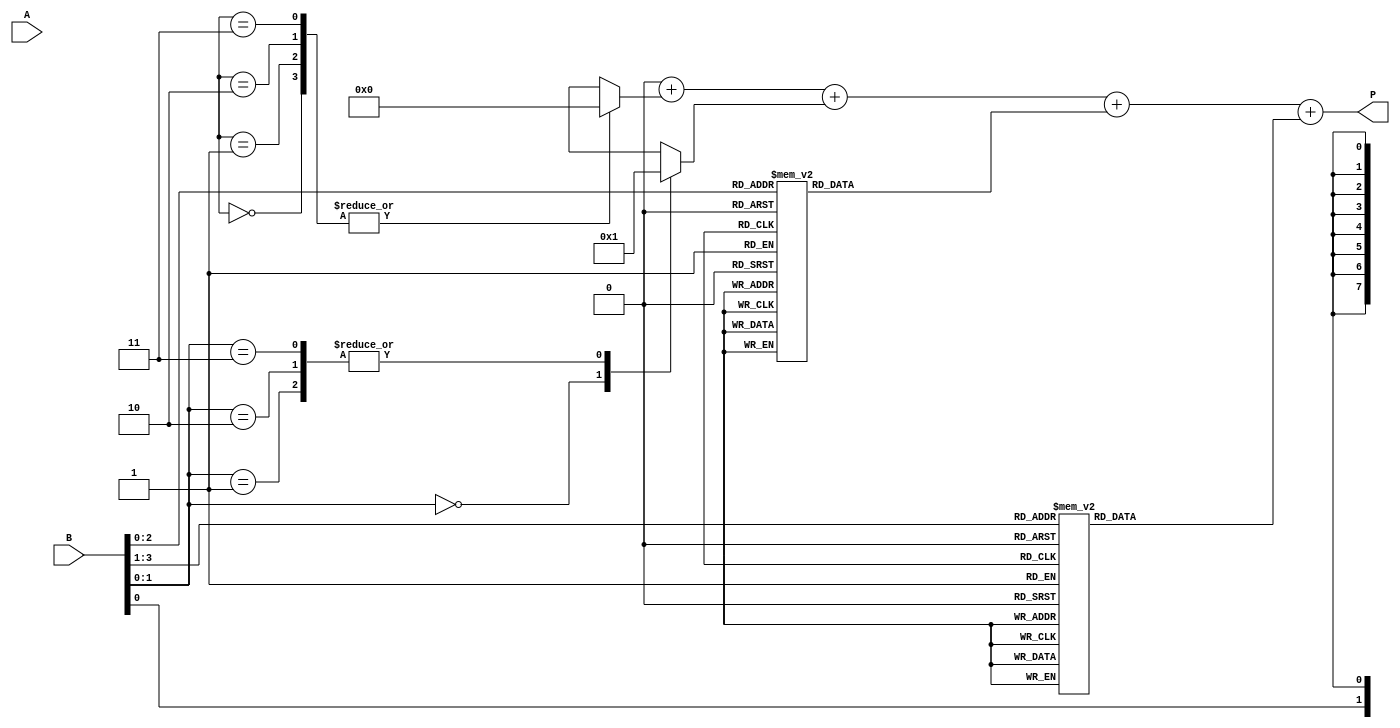
module modified_booth_multiplier #(parameter N = 4) (
    input  wire [N-1:0] A,    // Multiplicand
    input  wire [N-1:0] B,    // Multiplier
    output reg  [2*N-1:0] P   // Product
);

    reg [N-1:0] A_shifted;
    reg [N+1:0] B_extended;      // Extended B for Booth encoding
    reg [2*N-1:0] partial_products [0:N]; // Array to hold partial products
    reg [N:0] count;             // Counter for the number of groups processed
    reg [N-1:0] temp_A;          // Temporary variable for A
    integer i;

    // Booth encoding logic
    always @* begin
        // Initialize
        B_extended = {1'b0, B, 1'b0}; // Extend B with an extra bit for Booth encoding
        P = 0;                       // Initialize product to zero
        count = 0;                  // Reset count

        // Generate partial products based on Booth encoding
        for (i = 0; i < N; i = i + 1) begin
            case (B_extended[i+1:i-1]) // Group of 3 bits
                3'b000: partial_products[i] = 0;                       // 0
                3'b001: partial_products[i] = {A, i};                 // +A
                3'b010: partial_products[i] = {A, i};                 // +A
                3'b011: partial_products[i] = {A << 1, i};            // +2A
                3'b100: partial_products[i] = {-A, i};                // -A
                3'b101: partial_products[i] = {-A, i};                // -A
                3'b110: partial_products[i] = {-A << 1, i};           // -2A
                3'b111: partial_products[i] = {-A, i};                // -A
                default: partial_products[i] = 0;                      // Default case
            endcase
        end

        // Sum the partial products
        for (i = 0; i < N; i = i + 1) begin
            P = P + partial_products[i]; // Accumulate the partial products
        end
    end

endmodule